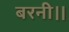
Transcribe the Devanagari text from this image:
बरनी।।